画像に写った文字を読んでください
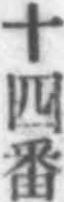
「十四番」と書いてあります